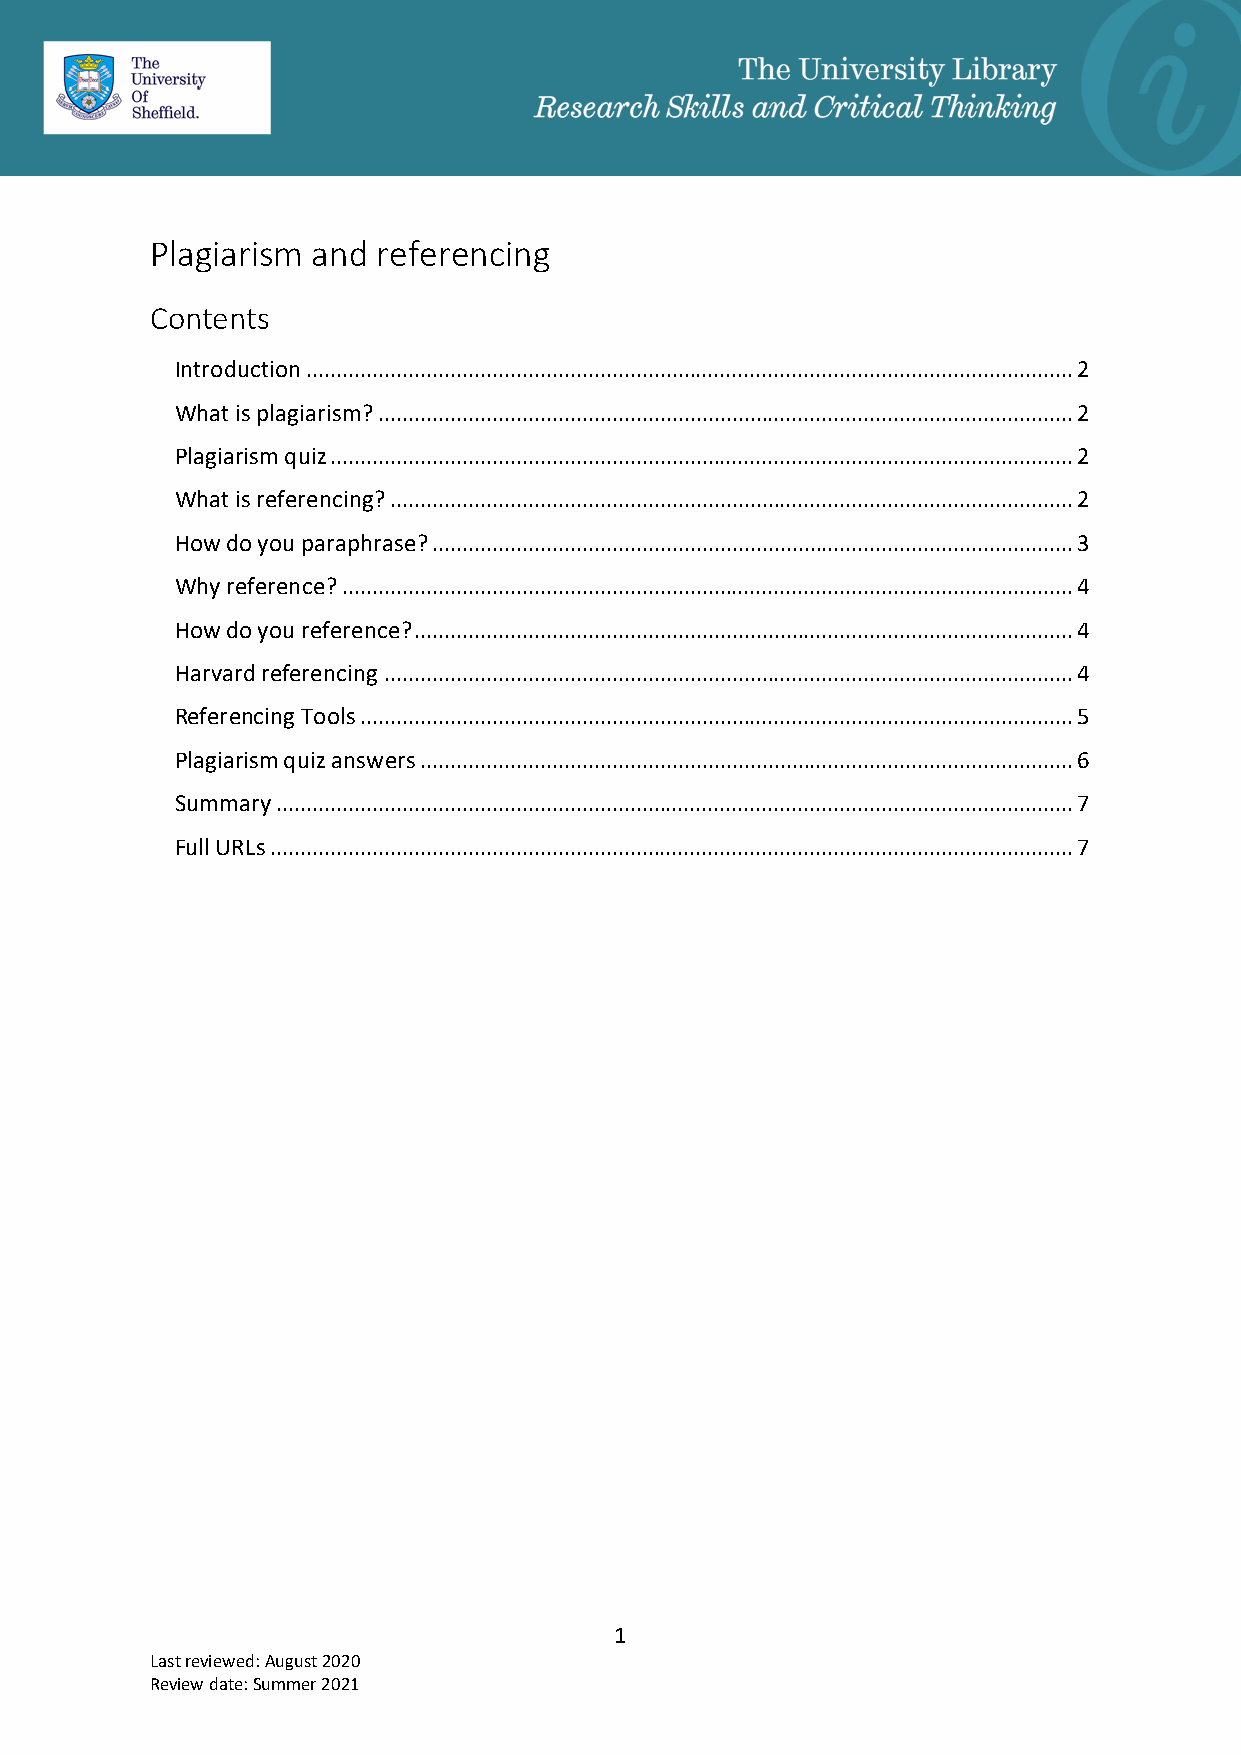
Plagiarism and referencing
 Contents
 Introduction ................................................................................................................................ 2
 What is plagiarism? .................................................................................................................... 2
 Plagiarism quiz ............................................................................................................................ 2
 What is referencing? .................................................................................................................. 2
 How do you paraphrase? ........................................................................................................... 3
 Why reference? .......................................................................................................................... 4
 How do you reference? .............................................................................................................. 4
 Harvard referencing ................................................................................................................... 4
 Referencing Tools ....................................................................................................................... 5
 Plagiarism quiz answers ............................................................................................................. 6
 Summary ..................................................................................................................................... 7
 Full URLs ...................................................................................................................................... 7
 1
 Last reviewed: August 2020
 Review date: Summer 2021